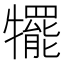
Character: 犤